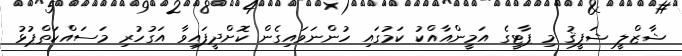
ޝާޒްލީ ޝަފީޤު މި ޕާޓީގެ އަމީންއާއްކު ކަމުގައި ހުންނަވައިގެން ކޮށްދީފައިވާ އަގުހުރި މަސައްކަތްޕުޅު